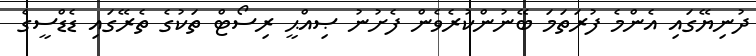
ދުނިޔޭގައި އެންމެ ފުރަތަމަ ބޭނުންކުރެވެން ފެށުނު ޞިއްޙީ ރިސޯޓް ތަކުގެ ތެރޭގައި ޑެޑްސީގެ